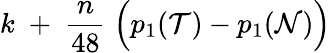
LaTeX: k\; +\; {\frac{n}{48}}\; \Bigl(p_{1}({\cal T})-p_{1}({\cal N})\Bigr)